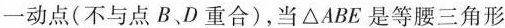
一动点(不与点B、D重合)，当\Delta ABE是等腰三角形